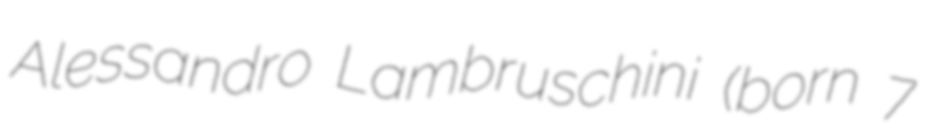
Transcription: Alessandro Lambruschini (born 7